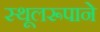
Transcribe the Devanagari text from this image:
स्थूलरूपाने